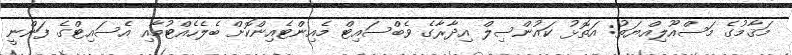
މަޤާމުގެ މަސްއޫލިއްޔަތު: އަތޮޅު ކައުންސިލް އިދާރާގެ ވެބްސައިޓް މެއިންޓެއިންކޮށް ބެލެހެއްޓުމާއި އެސައިޓްގެ ފަންނީ